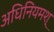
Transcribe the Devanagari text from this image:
अधिनियमश्